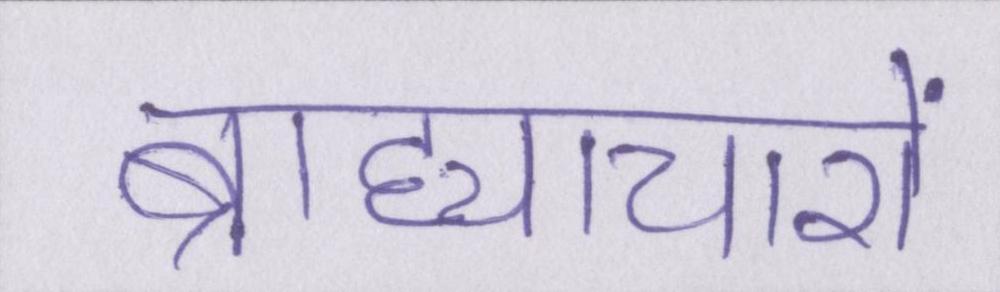
ब्राह्याचारों